Annual report of the Punjab Veterinary College and of the Civil Veterinary Department, Punjab - 1926-1932
Year: 1926
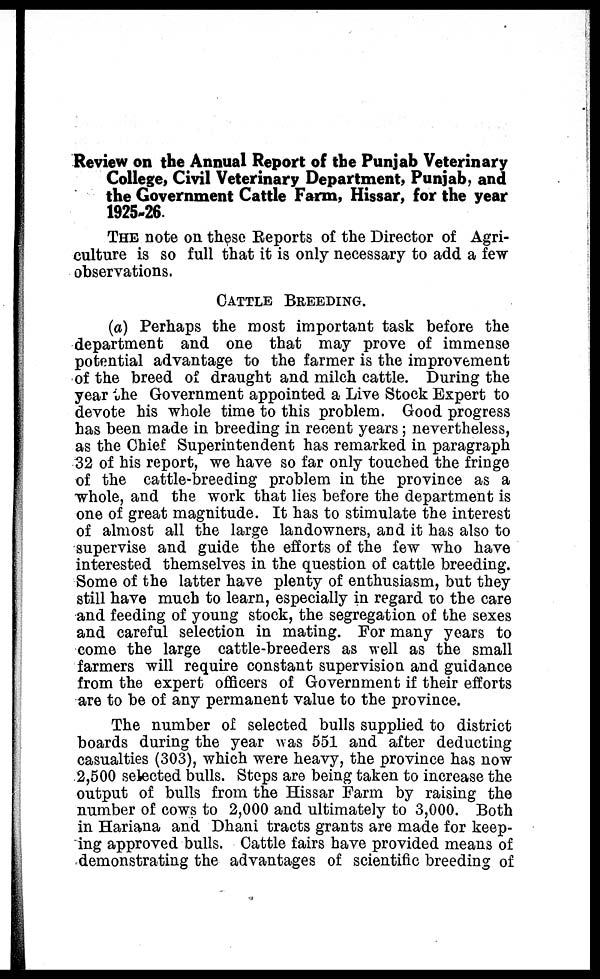
Review on the Annual Report of the Punjab Veterinary
College, Civil Veterinary Department, Punjab, and
the Government Cattle Farm, Hissar, for the year
1925-26.
THE note on these Reports of the Director of Agri-
culture is so full that it is only necessary to add a few
observations.
CATTLE BREEDING.
(a) Perhaps the most important task before the
department and one that may prove of immense
potential advantage to the farmer is the improvement
of the breed of draught and milch cattle. During the
year the Government appointed a Live Stock Expert to
devote his whole time to this problem. Good progress
has been made in breeding in recent years; nevertheless,
as the Chief Superintendent has remarked in paragraph
32 of his report, we have so far only touched the fringe
of the cattle-breeding problem in the province as a
whole, and the work that lies before the department is
one of great magnitude. It has to stimulate the interest
of almost all the large landowners, and it has also to
supervise and guide the efforts of the few who have
interested themselves in the question of cattle breeding.
Some of the latter have plenty of enthusiasm, but they
still have much to learn, especially in regard to the care
and feeding of young stock, the segregation of the sexes
and careful selection in mating. For many years to
come the large cattle-breeders as well as the small
farmers will require constant supervision and guidance
from the expert officers of Government if their efforts
are to be of any permanent value to the province.
The number of selected bulls supplied to district
boards during the year was 551 and after deducting
casualties (303), which were heavy, the province has now
2,500 selected bulls. Steps are being taken to increase the
output of bulls from the Hissar Farm by raising the
number of cows to 2,000 and ultimately to 3,000. Both
in Hariana and Dhani tracts grants are made for keep-
ing approved bulls. Cattle fairs have provided means of
demonstrating the advantages of scientific breeding of